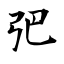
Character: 弝